Civil Veterinary Department. United Provinces 1912-22 - 1912-1922
Year: 1912
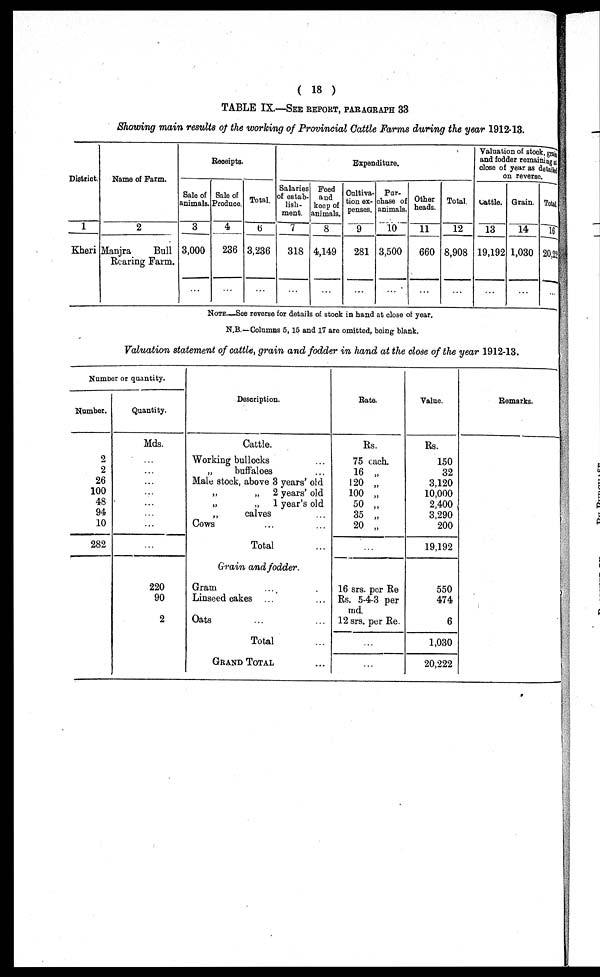
(18)
TABLE IX.—SEE REPORT, PARAGRAPH 33
Showing main results of the working of Provincial Cattle Farms during the year 1912-13.
District.
1
Kheri
Name of Farm.
2
Manjra
Bull
Rearing Farm.
Receipts.
Sale of
animals.
3
3,000
...
Sale of
Produce.
4
236
...
Total.
6
3,236
...
Expenditure.
Salaries
of estab-
lish-
ment.
7
318
...
Feed
and
keep of
animals.
8
4,149
...
Cultiva-
tion ex-
penses.
9
281
...
Pur-
chase of
animals.
10
3,500
...
Other
heads.
11
660
...
Total.
12
8,908
...
Valuation of stook, grain
and fodder remaining at
close of year as detailed
on reverse.
Cattle.
13
19,192
...
Grain.
14
1,030
...
Total.
16
20,222
...
NOTE—See reverse for details of stock in hand at close of year.
N.B.—Columns 5, 15 and 17 are omitted, being blank.
Valuation statement of cattle, grain and fodder in hand at the close of the year 1912-13.
Number or quantity.
Number.
2
2
26
100
48
94
10
282
Quantity.
Mds.
...
...
...
...
...
...
...
...
220
90
2
Description.
Cattle.
Working bullocks ...
„
buffaloes ...
Male stock, above 3 years' old
„
„
2 years' old
„
„ 1 year's old
„
calves ...
Cows ... ...
Total ...
Grain and fodder.
Grain ... ...
Linseed cakes ... ...
Oats ... ...
Total ...
GRAND TOTAL ...
Rate.
Rs.
75 each.
16 „
120 „
100 „
50 „
35 „
20 „
...
16 srs. per Re
Rs. 5-4-3 per
md.
12 srs. per Re.
...
...
Value.
Rs.
150
32
3,120
10,000
2,400
3,290
200
19,192
550
474
6
1,030
20,222
Remarks.